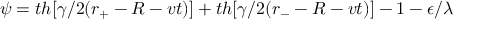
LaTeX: \psi = t h [ \gamma / 2 ( r _ { + } - R - v t ) ] + t h [ \gamma / 2 ( r _ { - } - R - v t ) ] - 1 - \epsilon / \lambda